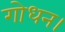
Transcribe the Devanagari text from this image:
गोधन।